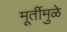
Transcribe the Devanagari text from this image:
मूर्तीमुळे